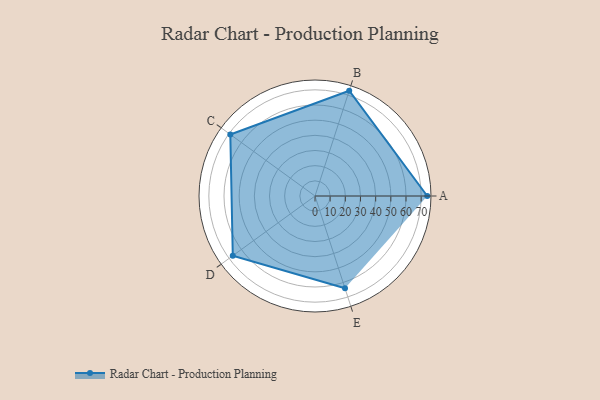
{"axis": {"x": "Skill", "y": "Score"}, "legend": ["Profile"], "data": [{"x": "A", "y": 74.0, "type": "Profile"}, {"x": "B", "y": 73.0, "type": "Profile"}, {"x": "C", "y": 69.0, "type": "Profile"}, {"x": "D", "y": 67.0, "type": "Profile"}, {"x": "E", "y": 64.0, "type": "Profile"}]}